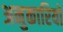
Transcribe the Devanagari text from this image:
अनुकारियों